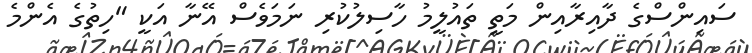
ސައިންސްގެ ދާއިރާއިން މަތީ ތައުލީމު ހާސިލުކުރި ނަމަވެސް އޭނާ އަކީ "ހިތުގެ އެންމެ